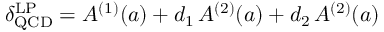
\delta _ { \mathrm { Q C D } } ^ { \mathrm { L P } } = A ^ { ( 1 ) } ( a ) + d _ { 1 } \, A ^ { ( 2 ) } ( a ) + d _ { 2 } \, A ^ { ( 2 ) } ( a )